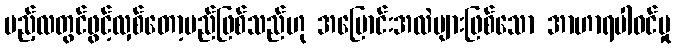
မည့်လတွင်ဖွင့်လှစ်တော့မည်ဖြစ်သည်ဟု အပြောင်းအလဲများဖြစ်သော အာဟာရပါဝင်မှု